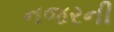
નજરની